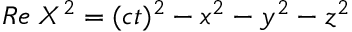
R e \; { \cal X } ^ { 2 } = ( c t ) ^ { 2 } - x ^ { 2 } - y ^ { 2 } - z ^ { 2 }